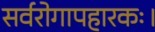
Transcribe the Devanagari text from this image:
सर्वरोगापहारकः।